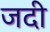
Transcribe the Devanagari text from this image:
जदी